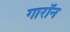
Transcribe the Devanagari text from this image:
गारॉन